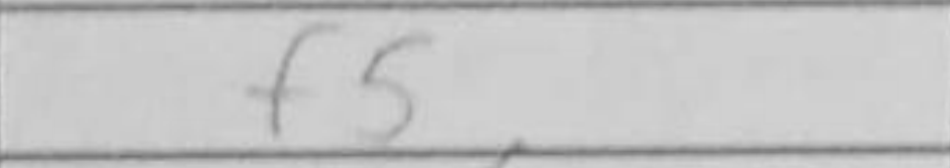
Transcription: f5